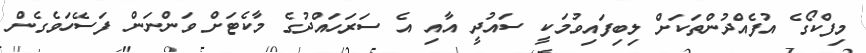
މިފްކޯގެ އުފެއްދުންތަކަށް ލިބިފައިވުމަކީ ސައުދީ އާއި އެ ސަރަހައްދުގެ މާކެޓަށް ވަންނަން ފަސޭހަވެގެން